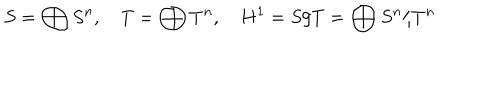
S = \bigoplus S ^ { n } , \quad T = \bigoplus T ^ { n } , \quad H ^ { 1 } = S / T = \bigoplus S ^ { n } / T ^ { n }